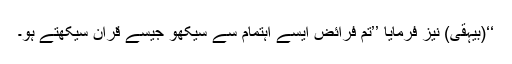
‘‘(بیہقی) نیز فرمایا ’’تم فرائض ایسے اہتمام سے سیکھو جیسے قرآن سیکھتے ہو۔